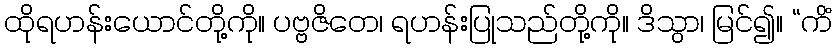
ထိုရဟန်းယောင်တို့ကို။ ပဗ္ဗဇိတေ၊ ရဟန်းပြုသည်တို့ကို။ ဒိသွာ၊ မြင်၍။ “ကိံ